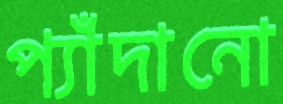
প্যাঁদানো